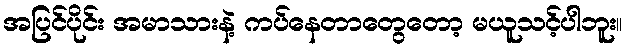
အပြင်ပိုင်း အမာသားနဲ့ ကပ်နေတာတွေတော့ မယူသင့်ပါဘူး။